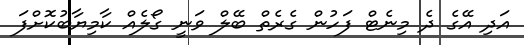
އަދި އޭގެ ދެ މިނެޓް ފަހުން ގެރެތް ބޭލް ވަނީ ގޯލެއް ކާމިޔާބުކޮށްފަ